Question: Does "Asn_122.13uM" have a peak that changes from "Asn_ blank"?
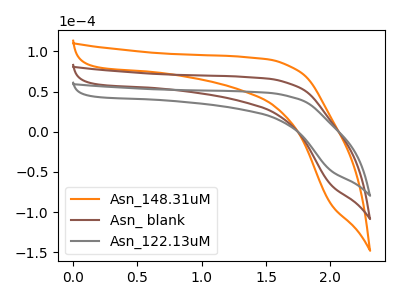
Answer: <think>The orange curve "Asn_148.31uM" has no peaks. The brown curve "Asn_ blank" has no peaks. The gray curve "Asn_122.13uM" has no peaks.
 Neither "Asn_122.13uM" or "Asn_ blank" have any peaks.</think>
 <answer>No, "Asn_122.13uM" and "Asn_ blank" don't appear to be significantly different in shape</answer>
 <eval>no_change</eval>